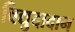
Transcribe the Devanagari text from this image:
विद्युदादान